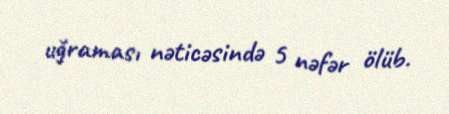
uğraması nəticəsində 5 nəfər ölüb.